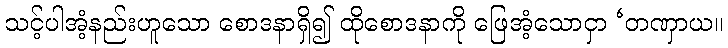
သင့်ပါအံ့နည်းဟူသော စောဒနာရှိ၍ ထိုစောဒနာကို ဖြေအံ့သောငှာ ‘တဏှာယ။